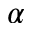
\alpha